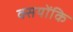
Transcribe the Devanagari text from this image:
क्सयोंकि